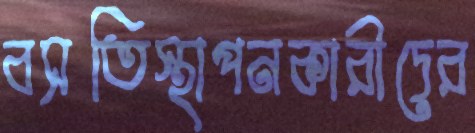
বসতিস্থাপনকারীদের